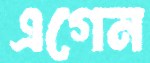
এগেন